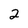
Character: 2